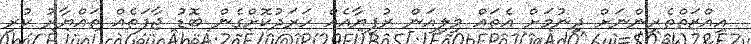
އިއްޒަތްތެރިންނަށް ދިނުމަށް އެތައް މިލިއަން ރުފިޔާއެއް ހަރަދުކޮށްގެން ބޮޑު ޖާފަތެއް ތައްޔާރު ކުރި